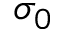
\sigma _ { 0 }